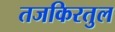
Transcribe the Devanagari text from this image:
तजकिरतुल